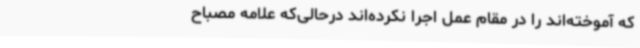
که آموخته‌اند را در مقام عمل اجرا نکرده‌اند درحالی‌که علامه مصباح